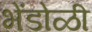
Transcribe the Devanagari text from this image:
भेंडोळी